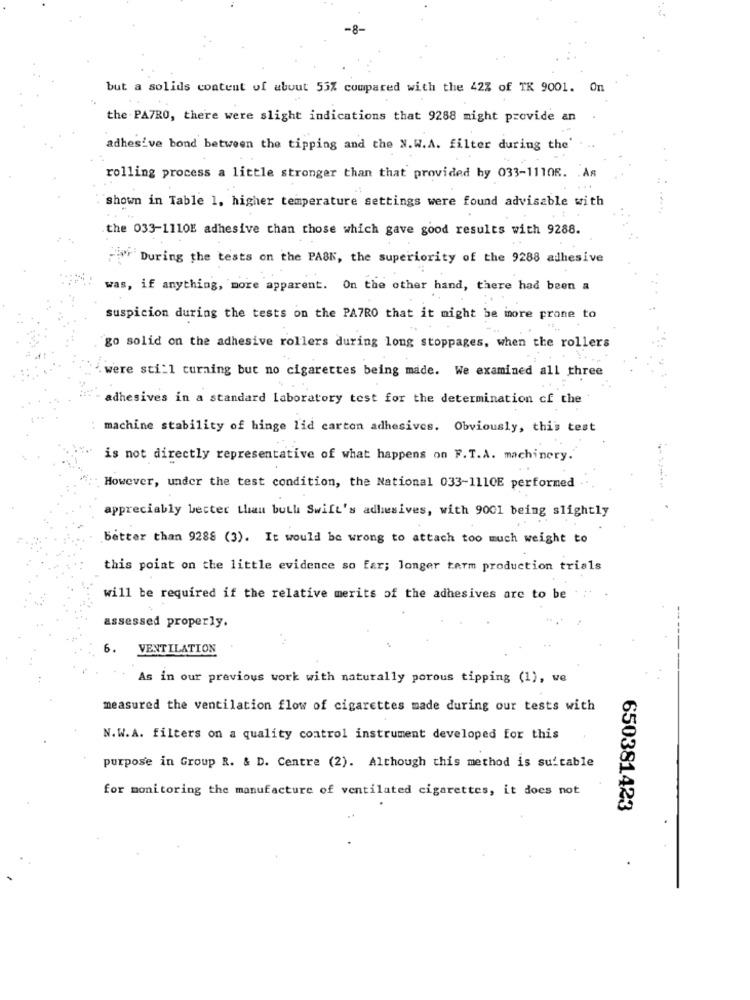
-8-
but a solids content of about 53% compared with the 42% of TK 9001.
the PA7RO, there were slight indications that 9288 might provide an
adhesive bond between the tipping and the N.W.A. filter during the'
rolling process a little stronger than that provided hy 033-11108. As
shown in Table 1, higher temperature settings were found advisable with
.....
the 033-1110E adhesive than those which gave good results with 9288.
During the tests on the PASK, the superiority of the 9288 adhesive
was, if anything, more apparent. On the other hand, there had been a
suspicion during the tests on the PA7RO that it might be inore prone to
go solid on the adhesive rollers during long stoppages, when the rollers
were still turning but no cigarettes being made. We examined all three
adhesives in a standard laboratory test for the determination of the
machine stability of hinge lid carton adhesives. Obviously, this test
is not directly representative of what happens on F.T.A. machinery.
However, under the test condition, the National 033-1110E performed
appreciably better than bull Swift's adhesives, with 9001 being slightly
better than 9288 (3). It would be wrong to attach too much weight to
this point on the little evidence so far; longer term production trials
will be required if the relative merits of the adhesives are to be ;
assessed properly.
6.
VENTILATION
As in our previous work with naturally porous tipping (1), we
measured the ventilation flow of cigarettes made during our tests with
N.W.A. filters on a quality control instrument developed for this
purpose in Group R. & D. Centre (2). Although this method is suitable
for monitoring the manufacture of ventilated cigarettes, it does not
650381423